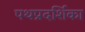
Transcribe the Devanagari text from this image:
पथप्रदर्शिका